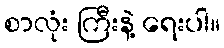
စာလုံး ကြီးနဲ့ ရေးပါ။